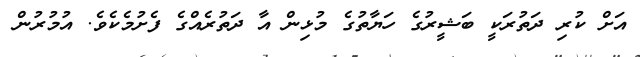
އަށް ކުރި ދަތުރަކީ ބަޝީރުގެ ހަޔާތުގެ މުޅިން އާ ދަތުރެއްގެ ފެށުމެކެވެ. އުމުރުން